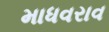
માધવરાવ